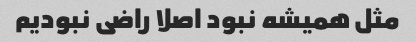
مثل همیشه نبود اصلا راضی نبودیم